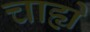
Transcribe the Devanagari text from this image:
चाह्ये